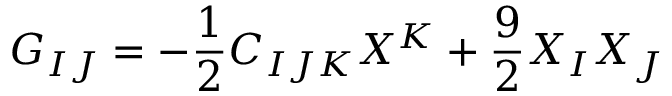
G _ { I J } = - { \frac { 1 } { 2 } } C _ { I J K } X ^ { K } + { \frac { 9 } { 2 } } X _ { I } X _ { J }